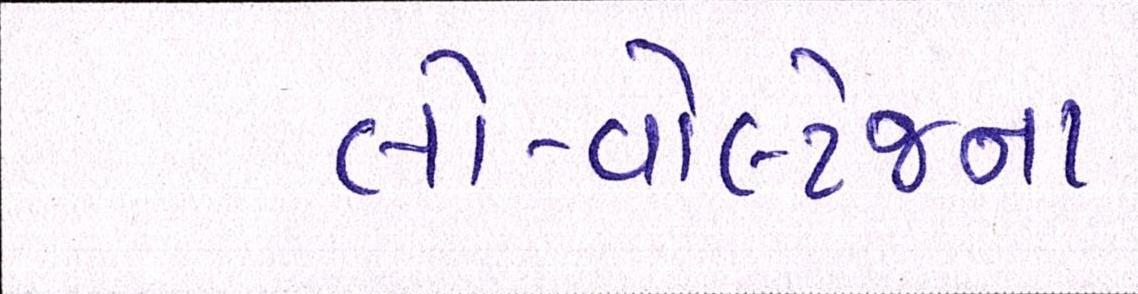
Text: લો-વોલ્ટેજના